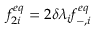
f _ { 2 i } ^ { e q } = 2 \delta \lambda _ { i } f _ { - , i } ^ { e q }